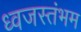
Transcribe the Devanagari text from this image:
ध्‍वजस्‍तंभम